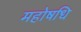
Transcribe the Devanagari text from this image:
महोषधि